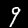
Digit: 9